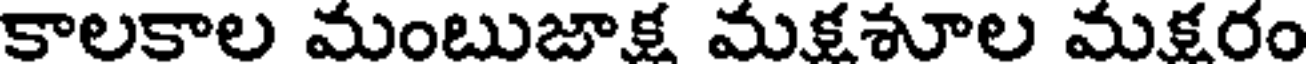
కాలకాల మంబుజాక్ష మక్షశూల మక్షరం